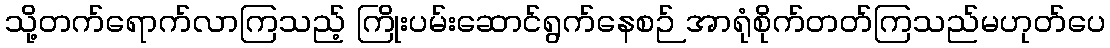
သို့တက်ရောက်လာကြသည့် ကြိုးပမ်းဆောင်ရွက်နေစဉ် အာရုံစိုက်တတ်ကြသည်မဟုတ်ပေ